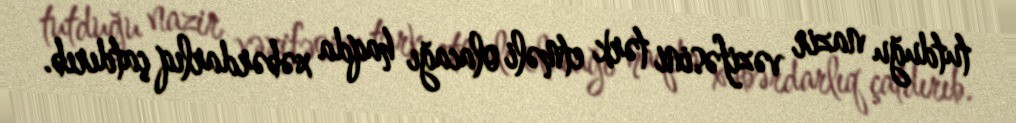
tutduğu nazir vəzifəsini tərk etməli olacağı haqda xəbərdarlıq çatdırıb.